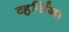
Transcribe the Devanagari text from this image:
व्हर्जिना